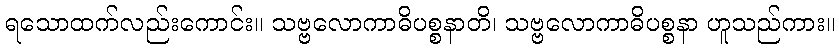
ရသောထက်လည်းကောင်း။ သဗ္ဗလောကာဓိပစ္စနာတိ၊ သဗ္ဗလောကာဓိပစ္စနာ ဟူသည်ကား။